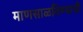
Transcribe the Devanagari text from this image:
माणसाळविण्याची